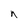
Character: n